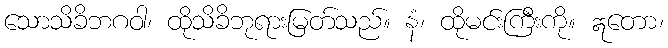
သောသိခိဘဂဝါ၊ ထိုသိခိဘုရားမြတ်သည်။ နံ၊ ထိုမင်းကြီးကို။ ဣတော၊